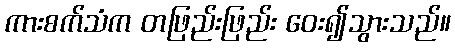
ကားစက်သံက တဖြည်းဖြည်း ဝေး၍သွားသည်။